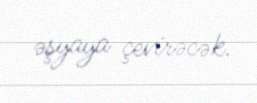
əşyaya çevirəcək.